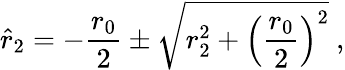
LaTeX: \hat{r}_{2}=-{\frac{r_{0}}{2}}\pm\sqrt{r_{2}^{2}+\left({\frac{r_{0}}{2}}\right)^{2}}\ ,